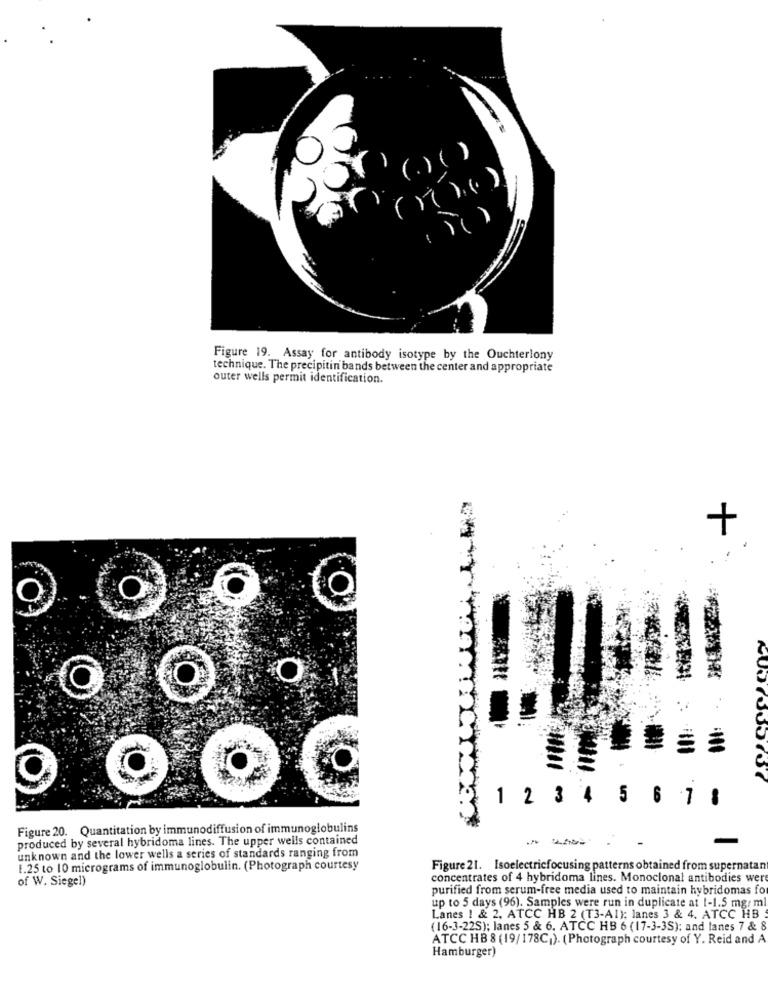
(.) ( )
(1) .. )
Figure 19. Assay for antibody isotype by the Ouchterlony
technique. The precipitin bands between the center and appropriate
outer wells permit identification.
+
O
1 2 3 4 5 6 7 8
Figure 20. Quantitation by immunodiffusion of immunoglobulins
produced by several hybridoma lines. The upper wells contained
--
unknown and the lower wells a series of standards ranging from
1.25 to 10 micrograms of immunoglobulin. (Photograph courtesy
Figure 21. Isoelectricfocusing patterns obtained from supernatan
of W. Siegel)
concentrates of 4 hybridoma lines. Monoclonal antibodies wer
purified from serum-free media used to maintain hybridomas fo
up to 5 days (96). Samples were run in duplicate at 1-1.5 mg/ ml
Lanes 1 & 2. ATCC HB 2 (T3-A1): lanes 3 & 4. ATCC HB
(16-3-225); lanes 5 & 6. ATCC HB 6 (17-3-3S); and lanes 7 & 8
ATCC HB 8 (19/178C,). ( Photograph courtesy of Y. Reid and A
Hamburger)